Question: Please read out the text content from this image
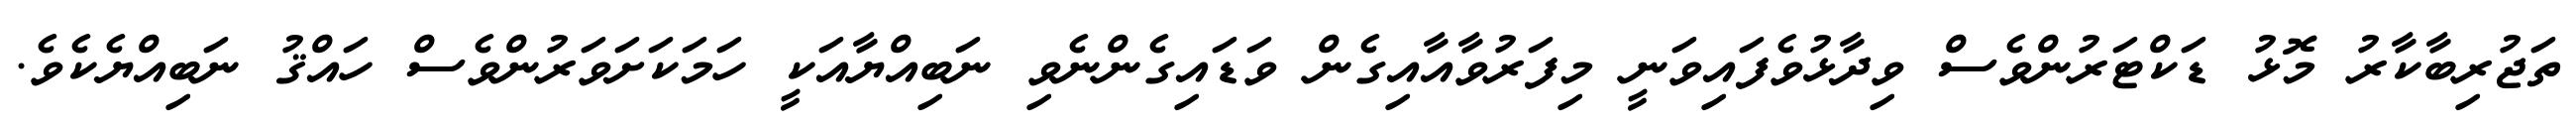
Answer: ތަޖުރިބާކާރު މޮޅު ޑަކްޓަރުންވެސް ވިދާޅުވެފައިވަނީ މިފަރުވާއާއިގެން ވަޑައިގެންނެވި ނަބިއްޔާއަކީ ހަމަކަށަވަރުންވެސް ހައްޤު ނަބިއްޔެކެވެ.